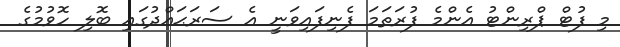
މި ފުޓް ޕްރިންޓު އެންމެ ފުރަތަމަ ފެނިފައިވަނީ އެ ސަރަޙައްދުގައި ބޮލި ހޮވުމުގެ